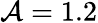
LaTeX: \mathcal{A}=1.2